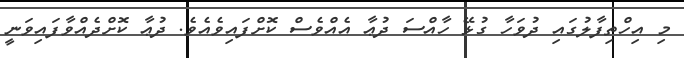
މި އިހްތިފާލުގައި ދުވަހާ ގުޅޭ ހާއްސަ ދުޢާ އެއްވެސް ކޮށްފައިވެއެވެ. ދުޢާ ކޮށްދެއްވާފައިވަނީ